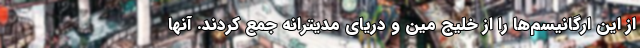
از این ارگانیسم‌ها را از خلیج مین و دریای مدیترانه جمع کردند. آنها